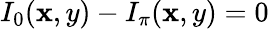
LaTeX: I_{0}(\mathbf{x},y)-I_{\pi}(\mathbf{x},y)=0